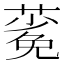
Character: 𬞎